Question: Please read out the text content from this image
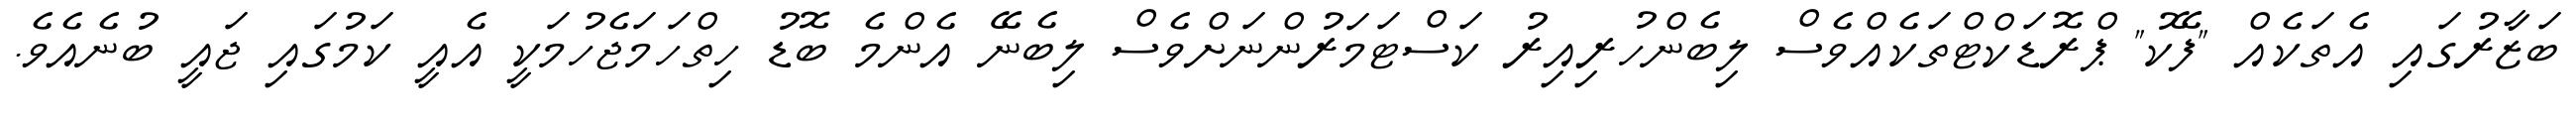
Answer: ބަޒާރުގައި އެތަކެއް "ފޭކު" ޕްރޮޑަކްޓްތަކެއްވެސް ލިބެންހުރިއިރު ކަސްޓަމަރުންނަށްވެސް ލިބެނޭ އެންމެ ބޮޑު ހިތްހަމަޖެހުމަކީ އެއީ ކަމުގައި ޖައީ ބުނެއެވެ.